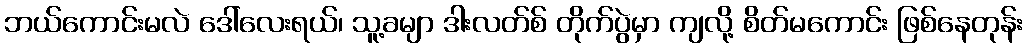
ဘယ်ကောင်းမလဲ ဒေါ်လေးရယ်၊ သူ့ခမျာ ဒါးလတ်စ် တိုက်ပွဲမှာ ကျလို့ စိတ်မကောင်း ဖြစ်နေတုန်း